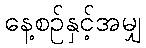
နေ့စဉ်နှင့်အမျှ